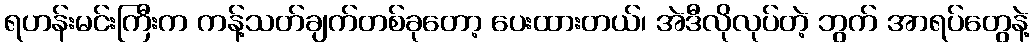
ရဟန်းမင်းကြီးက ကန့်သတ်ချက်တစ်ခုတော့ ပေးထားတယ်၊ အဲဒီလိုလုပ်တဲ့ ဘွက် အာရပ်တွေနဲ့